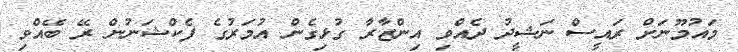
މައުމޫނަށް ރައީސް ނަޝީދު ދެއްވި އިންޒާރާ ގުޅިގެން އުމަރުގެ ފެކްޝަނުން ރޭ ބޭއްވި